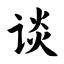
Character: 谈